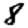
Digit: 8